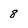
Character: 8